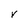
Character: V